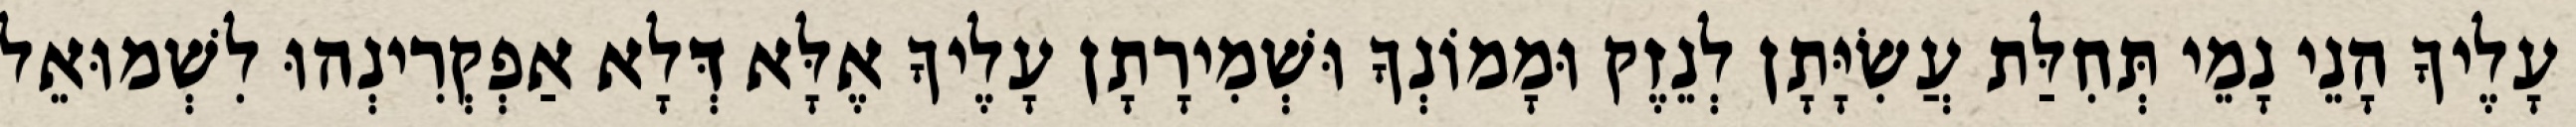
עָלֶיךָ הָנֵי נָמֵי תְּחִלַּת עֲשִׂיָּתָן לְנֵזֶק וּמָמוֹנְךָ וּשְׁמִירָתָן עָלֶיךָ אֶלָּא דְּלָא אַפְקְרִינְהוּ לִשְׁמוּאֵל